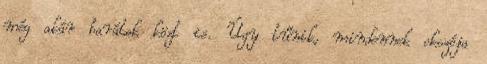
még akár barátok közt is. Úgy tűnik, mindennek okozója